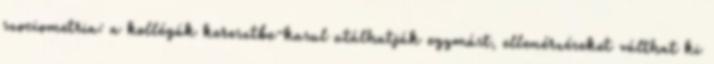
szociometria: a kollégák keresztbe-kasul utálhatják egymást, ellenérzéseket válthat ki